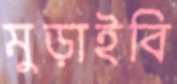
মুড়াইবি